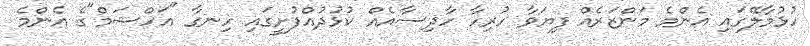
ހުޅުމާލޭގައި އެންމެ މަންޒަރެއް ފިޔަވާ ހުރިހާ ހާދިސާއެއް ކުޅުދުއްފުށީގައި ހިނގާ "އަހްޝަމް"ގެ އެންމެ